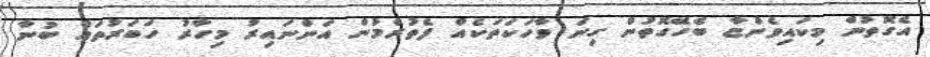
އެގޮތުން މިކައިވެންޏާ ބެހޭގޮތުން ގިނަ ވާހަކަތަކެއް ފެތުރެމުން އަންނައިރު މިހާރު ހަބަރުތައް ބުނާ